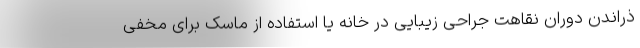
ذراندن دوران نقاهت جراحی زیبایی در خانه یا استفاده از ماسک برای مخفی